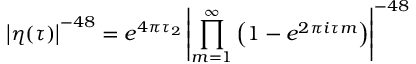
\left| \eta ( \tau ) \right| ^ { - 4 8 } = e ^ { 4 \pi \tau _ { 2 } } \left| \prod _ { m = 1 } ^ { \infty } \left( 1 - e ^ { 2 \pi i \tau m } \right) \right| ^ { - 4 8 }